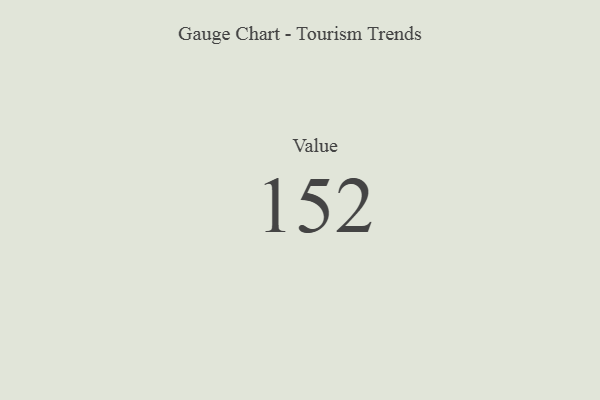
{"axis": {"x": "Metric", "y": "Value"}, "legend": [""], "data": [{"x": "Value", "y": 152, "type": ""}]}